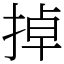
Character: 掉